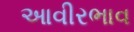
આવીરભાવ